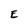
Character: E